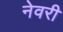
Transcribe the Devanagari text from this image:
नेवरी